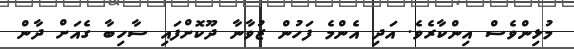
މުޅިންވެސް އިންކާރެވެ. އަދި އެންމެ ފަހުން ޒުވާނާ ދޫކޮށްފައި ސާހިބާ ގެއަށް ދާން